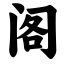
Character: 阁